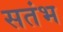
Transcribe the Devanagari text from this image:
सतंभ